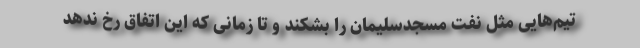
تیم‌هایی مثل نفت مسجدسلیمان را بشکند و تا زمانی که این اتفاق رخ ندهد